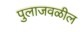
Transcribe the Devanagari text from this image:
पुलाजवळील